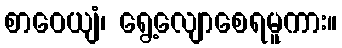
စာဝေယျံ၊ ရွေ့လျောစေရမူကား။